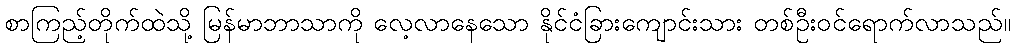
စာကြည့်တိုက်ထဲသို့ မြန်မာဘာသာကို လေ့လာနေသော နိုင်ငံခြားကျောင်းသား တစ်ဦးဝင်ရောက်လာသည်။